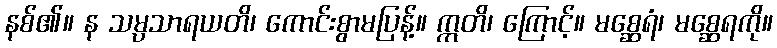
နစ်၏။ န သမ္ပသာရယတိ၊ ကောင်းစွာမပြန့်။ ဣတိ၊ ကြောင့်။ မစ္ဆေရံ၊ မစ္ဆေရကို။